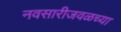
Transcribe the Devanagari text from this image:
नवसारीजवळच्या